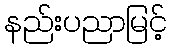
နည်းပညာမြင့်